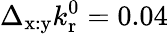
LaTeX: \Delta_{\mathrm{x:y}}k_{\mathrm{r}}^{0}=0.04